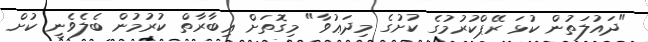
"ދައުލަތުން ކުޅަ ރޭޕްކުރުމުގެ ކުށުގެ މިދަޢުވާ" މިގޮތަށް ޢިބާރާތް ކުރުމުން ބެލެވެނީ ކުށް